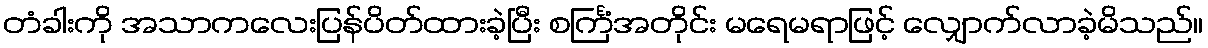
တံခါးကို အသာကလေးပြန်ပိတ်ထားခဲ့ပြီး စင်္ကြံအတိုင်း မရေမရာဖြင့် လျှောက်လာခဲ့မိသည်။